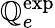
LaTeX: \mathbb{Q}_{e}^{\mathrm{{exp}}}